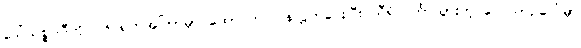
ဒေါ်သစ္စဝါဒီကို ၇၆ ရက်အကြာမှာ ထောင်က ပြန်လွှတ်ပေးပြီး သီရိလင်္ကာသွားတဲ့ လေယာဉ်ပေါ်မှာ